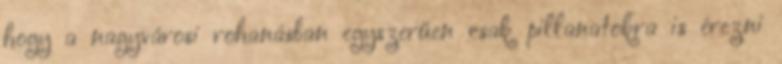
hogy a nagyvárosi rohanásban egyszerűen csak pillanatokra is érezni